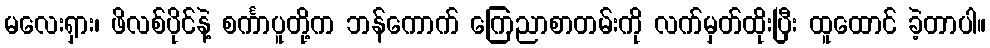
မလေးရှား၊ ဖိလစ်ပိုင်နဲ့ စင်္ကာပူတို့က ဘန်ကောက် ကြေညာစာတမ်းကို လက်မှတ်ထိုးပြီး ထူထောင် ခဲ့တာပါ။